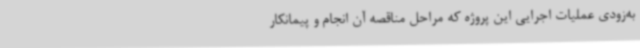
به‌زودی عملیات اجرایی این پروژه که مراحل مناقصه آن انجام و پیمانکار